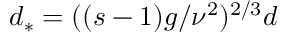
d _ { * } = ( ( s - 1 ) g / \nu ^ { 2 } ) ^ { 2 / 3 } d